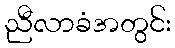
ညီလာခံအတွင်း